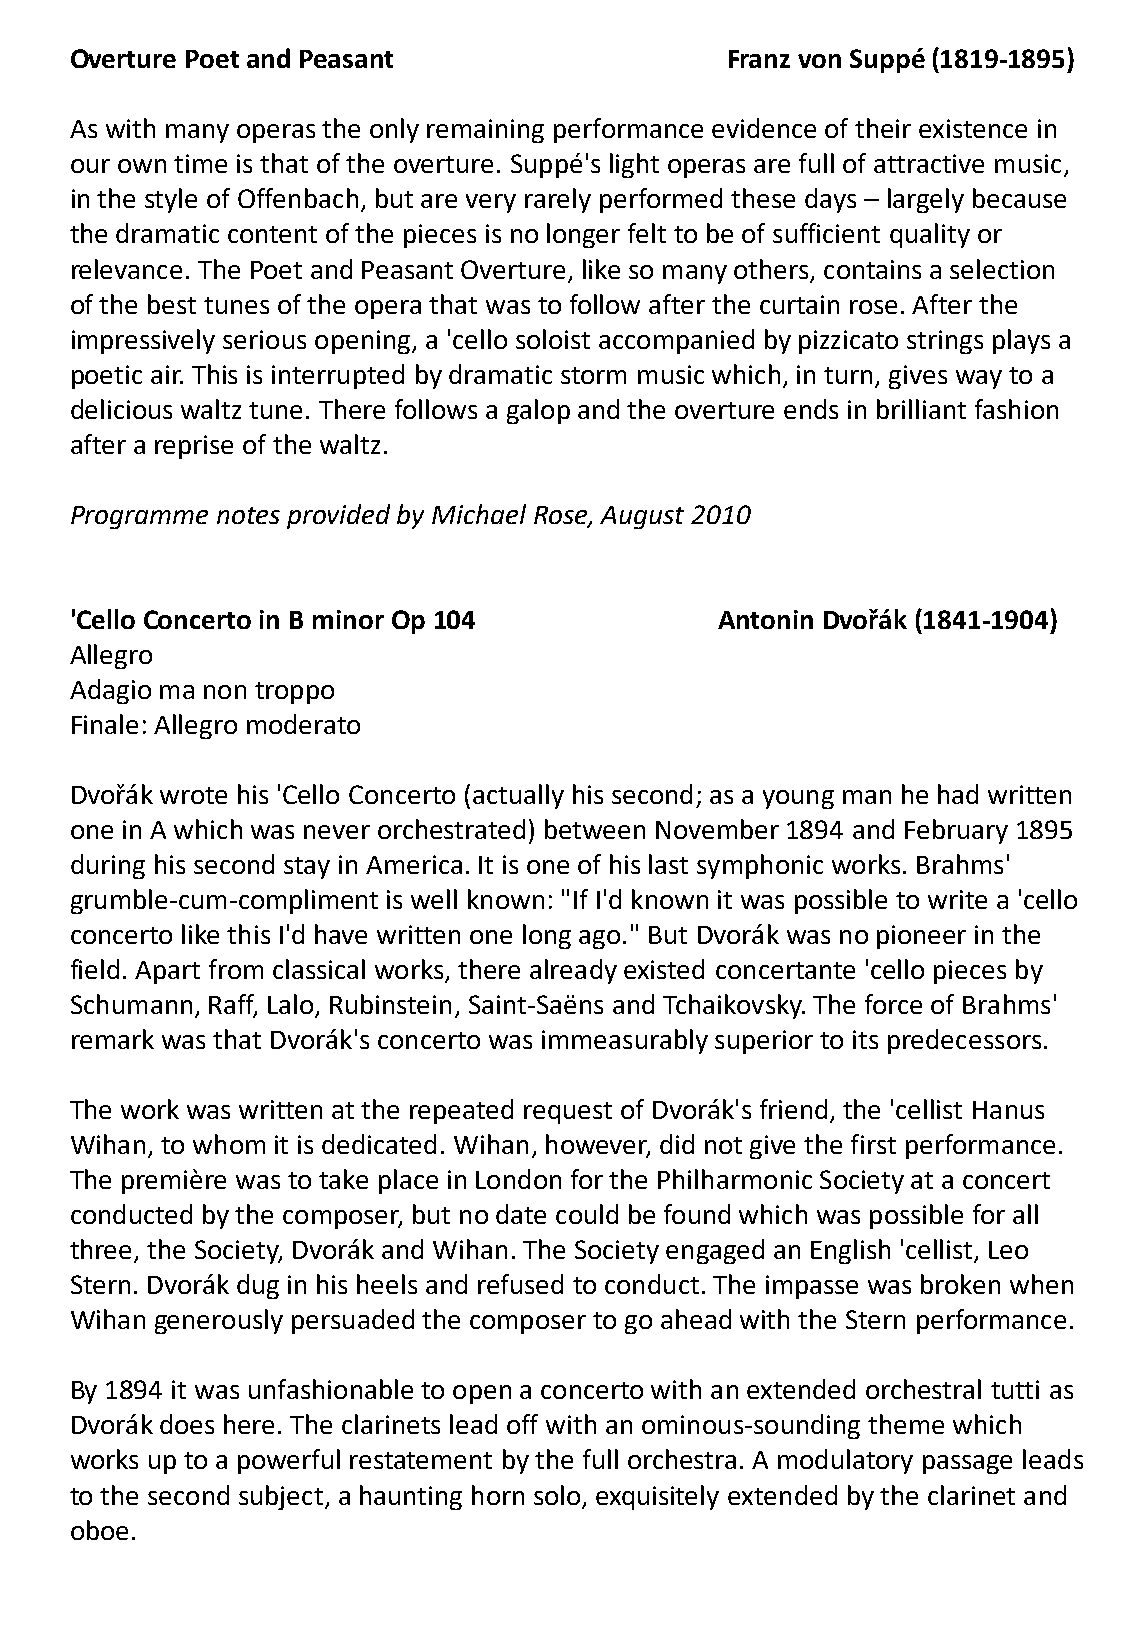
Overture Poet and Peasant                  Franz von Suppé (1819-1895)
 As with many operas the only remaining performance evidence of their existence in
 our own time is that of the overture. Suppé's light operas are full of attractive music,
 in the style of Offenbach, but are very rarely performed these days – largely because
 the dramatic content of the pieces is no longer felt to be of sufficient quality or
 relevance. The Poet and Peasant Overture, like so many others, contains a selection
 of the best tunes of the opera that was to follow after the curtain rose. After the
 impressively serious opening, a 'cello soloist accompanied by pizzicato strings plays a
 poetic air. This is interrupted by dramatic storm music which, in turn, gives way to a
 delicious waltz tune. There follows a galop and the overture ends in brilliant fashion
 after a reprise of the waltz.
 Programme notes provided by Michael Rose, August 2010
 'Cello Concerto in B minor Op 104          Antonin Dvořák (1841-1904)
 Allegro
 Adagio ma non troppo
 Finale: Allegro moderato
 Dvořák wrote his 'Cello Concerto (actually his second; as a young man he had written
 one in A which was never orchestrated) between November 1894 and February 1895
 during his second stay in America. It is one of his last symphonic works. Brahms'
 grumble-cum-compliment is well known: "If I'd known it was possible to write a 'cello
 concerto like this I'd have written one long ago." But Dvorák was no pioneer in the
 field. Apart from classical works, there already existed concertante 'cello pieces by
 Schumann, Raff, Lalo, Rubinstein, Saint-Saëns and Tchaikovsky. The force of Brahms'
 remark was that Dvorák's concerto was immeasurably superior to its predecessors.
 The work was written at the repeated request of Dvorák's friend, the 'cellist Hanus
 Wihan, to whom it is dedicated. Wihan, however, did not give the first performance.
 The première was to take place in London for the Philharmonic Society at a concert
 conducted by the composer, but no date could be found which was possible for all
 three, the Society, Dvorák and Wihan. The Society engaged an English 'cellist, Leo
 Stern. Dvorák dug in his heels and refused to conduct. The impasse was broken when
 Wihan generously persuaded the composer to go ahead with the Stern performance.
 By 1894 it was unfashionable to open a concerto with an extended orchestral tutti as
 Dvorák does here. The clarinets lead off with an ominous-sounding theme which
 works up to a powerful restatement by the full orchestra. A modulatory passage leads
 to the second subject, a haunting horn solo, exquisitely extended by the clarinet and
 oboe.